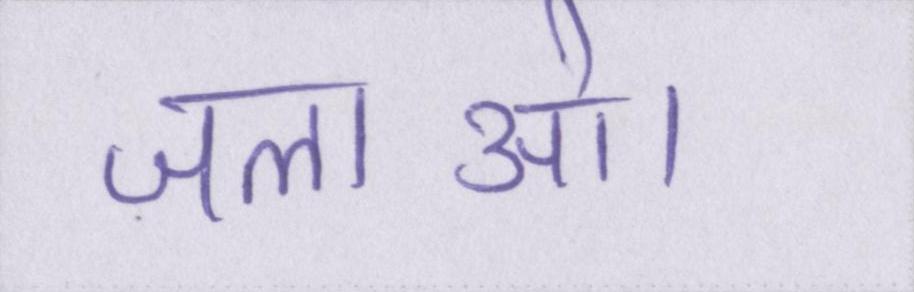
जलाओ।